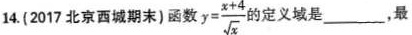
14.(2017北京西城期末) 函数$$y = \frac { x + 4 } { \sqrt { x } }$$的定义域是___,最